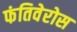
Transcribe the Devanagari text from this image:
फंतिवेरोस